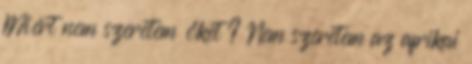
Miért nem szeretem őket ? Nem szeretem az afrikai